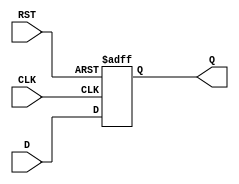
module synchronous_register (
    input wire [N-1:0] D,      // Data input
    input wire CLK,            // Clock input
    input wire RST,            // Asynchronous reset input
    output reg [N-1:0] Q       // Data output
);
    parameter N = 8;           // Parameter for width (default to 8 bits)

    // Always block for synchronous behavior with asynchronous reset
    always @(posedge CLK or posedge RST) begin
        if (RST) begin
            Q <= {N{1'b0}};     // Reset Q to 0 if RST is high
        end else begin
            Q <= D;            // Capture D on the rising edge of CLK
        end
    end

endmodule